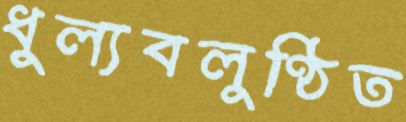
ধুল্যবলুণ্ঠিত